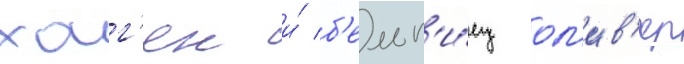
хаг'ен и́ б'ельг'и́ец ол'ив'ер